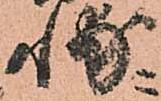
輔